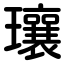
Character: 瓖